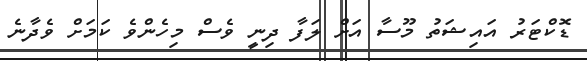
ޑޮކްޓަރު އައިޝަތު މޫސާ އަށް ލަފާ ދިނީ ވެސް މިހެންވެ ކަމަށް ވެދާނެ